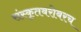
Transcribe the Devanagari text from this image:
संस्कृतबरोबरच